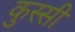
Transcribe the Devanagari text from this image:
कुस्सी